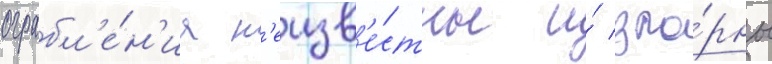
ограбл'е́н'иа н'еизв'е́стны и́ спо́рны